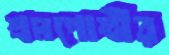
শ্রমগোষ্ঠীর